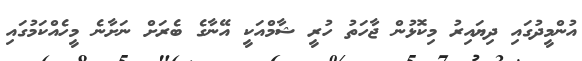
އުންމީދުގައި ދިޔައިރު މިކޮޅުން ޖާހަތު ހުރީ ޝާމްއަކީ އޭނާގެ ބެރަށް ނަށާނެ މީހެއްކަމުގައި